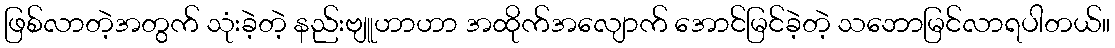
ဖြစ်လာတဲ့အတွက် သုံးခဲ့တဲ့ နည်းဗျူဟာဟာ အထိုက်အလျောက် အောင်မြင်ခဲ့တဲ့ သဘောမြင်လာရပါတယ်။